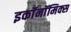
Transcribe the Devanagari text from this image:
इकाॅनाॅमिक्स